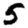
Digit: 5